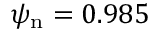
{ \psi _ { \mathrm { n } } = 0 . 9 8 5 }